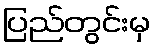
ပြည်တွင်းမှ